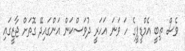
ވެސް ތިބީ އެމްޑީޕީގެ ހަ ވަނަ އަހަރީ ދުވަސްކަން އަންގައިދޭ ގޮތަށް ޖާޒީގައި